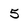
Character: 5